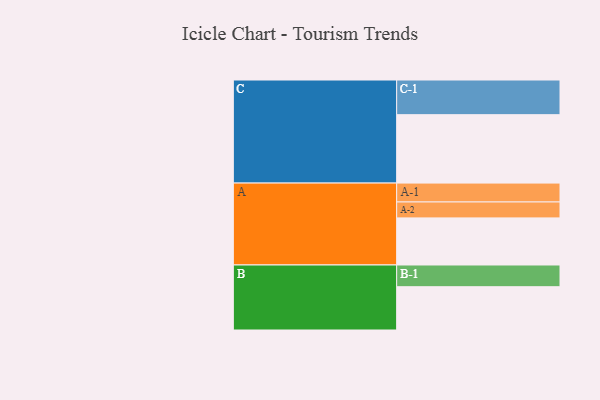
{"axis": {"x": "Segment", "y": "Value"}, "legend": ["", "A", "B", "C"], "data": [{"x": "A", "y": 334, "type": ""}, {"x": "B", "y": 307, "type": ""}, {"x": "C", "y": 485, "type": ""}, {"x": "A-1", "y": 134, "type": "A"}, {"x": "A-2", "y": 113, "type": "A"}, {"x": "B-1", "y": 154, "type": "B"}, {"x": "C-1", "y": 246, "type": "C"}]}